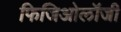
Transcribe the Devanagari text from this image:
फिजिओलॉजी